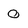
Character: 0